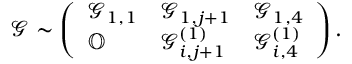
\mathcal { G } \sim \left( \begin{array} { l l l } { \mathcal { G } _ { 1 , 1 } } & { \mathcal { G } _ { 1 , j + 1 } } & { \mathcal { G } _ { 1 , 4 } } \\ { \mathbb { O } } & { \mathcal { G } _ { i , j + 1 } ^ { ( 1 ) } } & { \mathcal { G } _ { i , 4 } ^ { ( 1 ) } } \end{array} \right) .